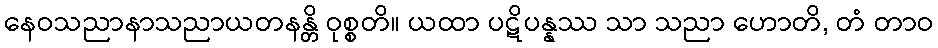
နေဝသညာနာသညာယတနန္တိ ဝုစ္စတိ။ ယထာ ပဋိပန္နဿ သာ သညာ ဟောတိ, တံ တာဝ